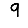
Digit: 9